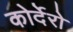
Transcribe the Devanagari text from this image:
कोर्देरो